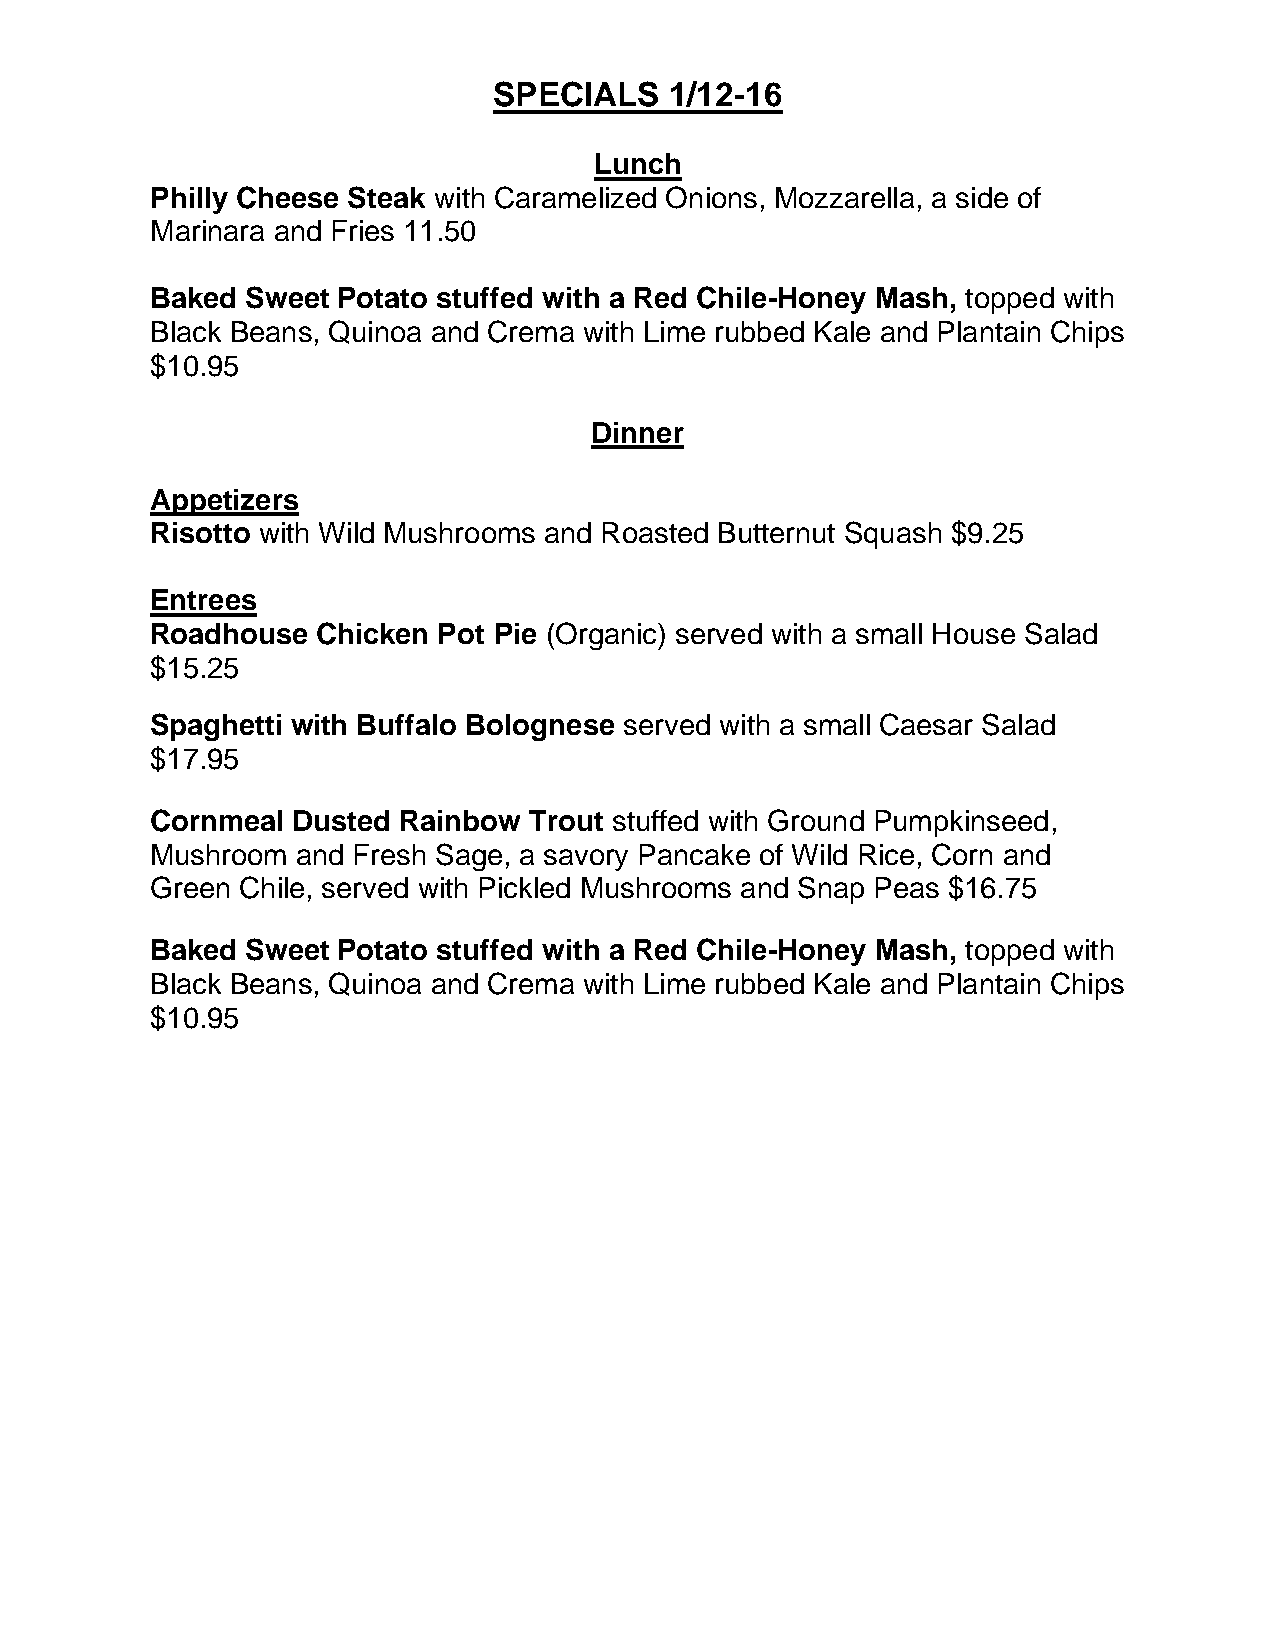
SPECIALS   1/12-16
 Lunch
 Philly Cheese Steak with Caramelized Onions, Mozzarella, a side of
 Marinara and Fries 11.50
 Baked Sweet Potato stuffed with a Red Chile-Honey Mash, topped with
 Black Beans, Quinoa and Crema with Lime rubbed Kale and Plantain Chips
 $10.95
 Dinner
 Appetizers
 Risotto with Wild Mushrooms and Roasted Butternut Squash $9.25
 Entrees
 Roadhouse  Chicken Pot Pie (Organic) served with a small House Salad
 $15.25
 Spaghetti with Buffalo Bolognese served with a small Caesar Salad
 $17.95
 Cornmeal Dusted Rainbow  Trout stuffed with Ground Pumpkinseed,
 Mushroom  and Fresh Sage, a savory Pancake of Wild Rice, Corn and
 Green Chile, served with Pickled Mushrooms and Snap Peas $16.75
 Baked Sweet Potato stuffed with a Red Chile-Honey Mash, topped with
 Black Beans, Quinoa and Crema with Lime rubbed Kale and Plantain Chips
 $10.95